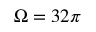
\Omega = 3 2 \pi